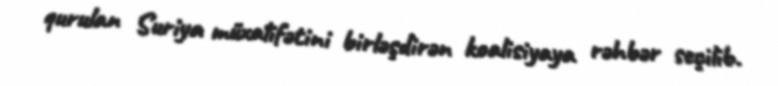
qurulan Suriya müxalifətini birləşdirən koalisiyaya rəhbər seçilib.